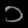
Digit: ၁